Bréfritari: Soffía Daníelsdóttir
Viðtakandi: Jakobína Magnúsdóttir og Daníel Halldórsson
Dagsetning: A-1904-10-16
Skrifað á: Skeggjastöðum  N-Múl.
Soffía var dóttir Jakobínu og Daníels

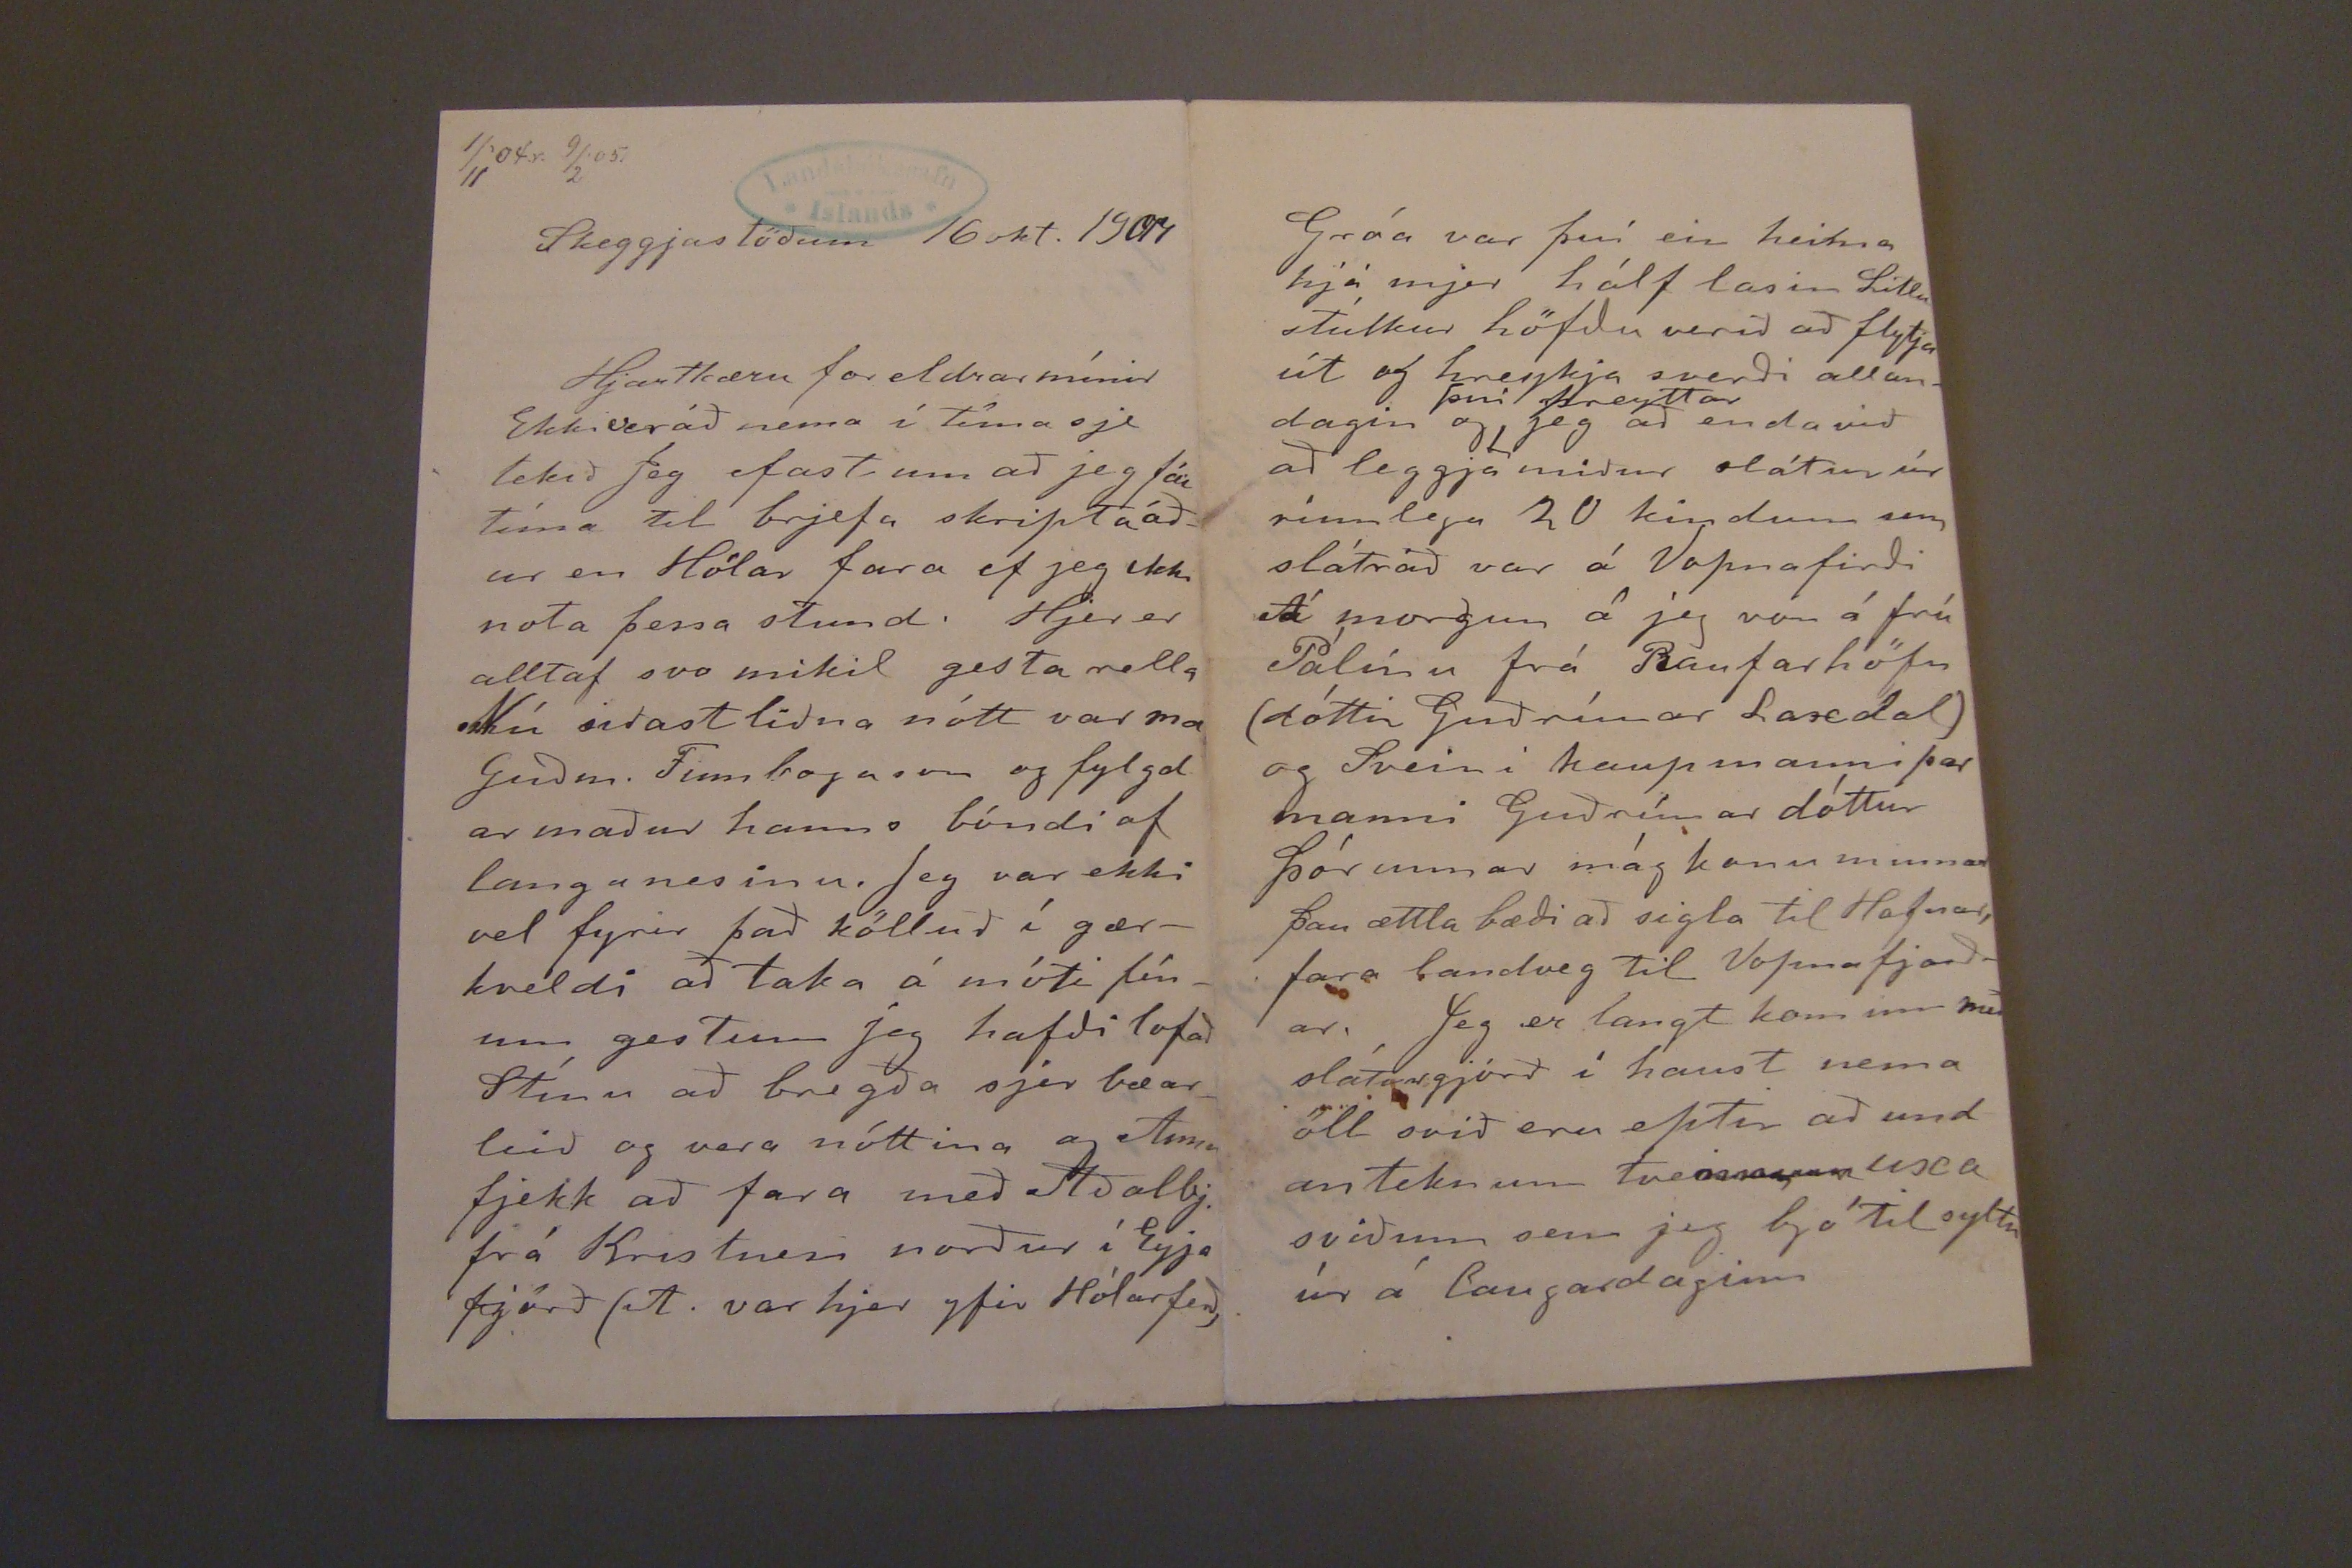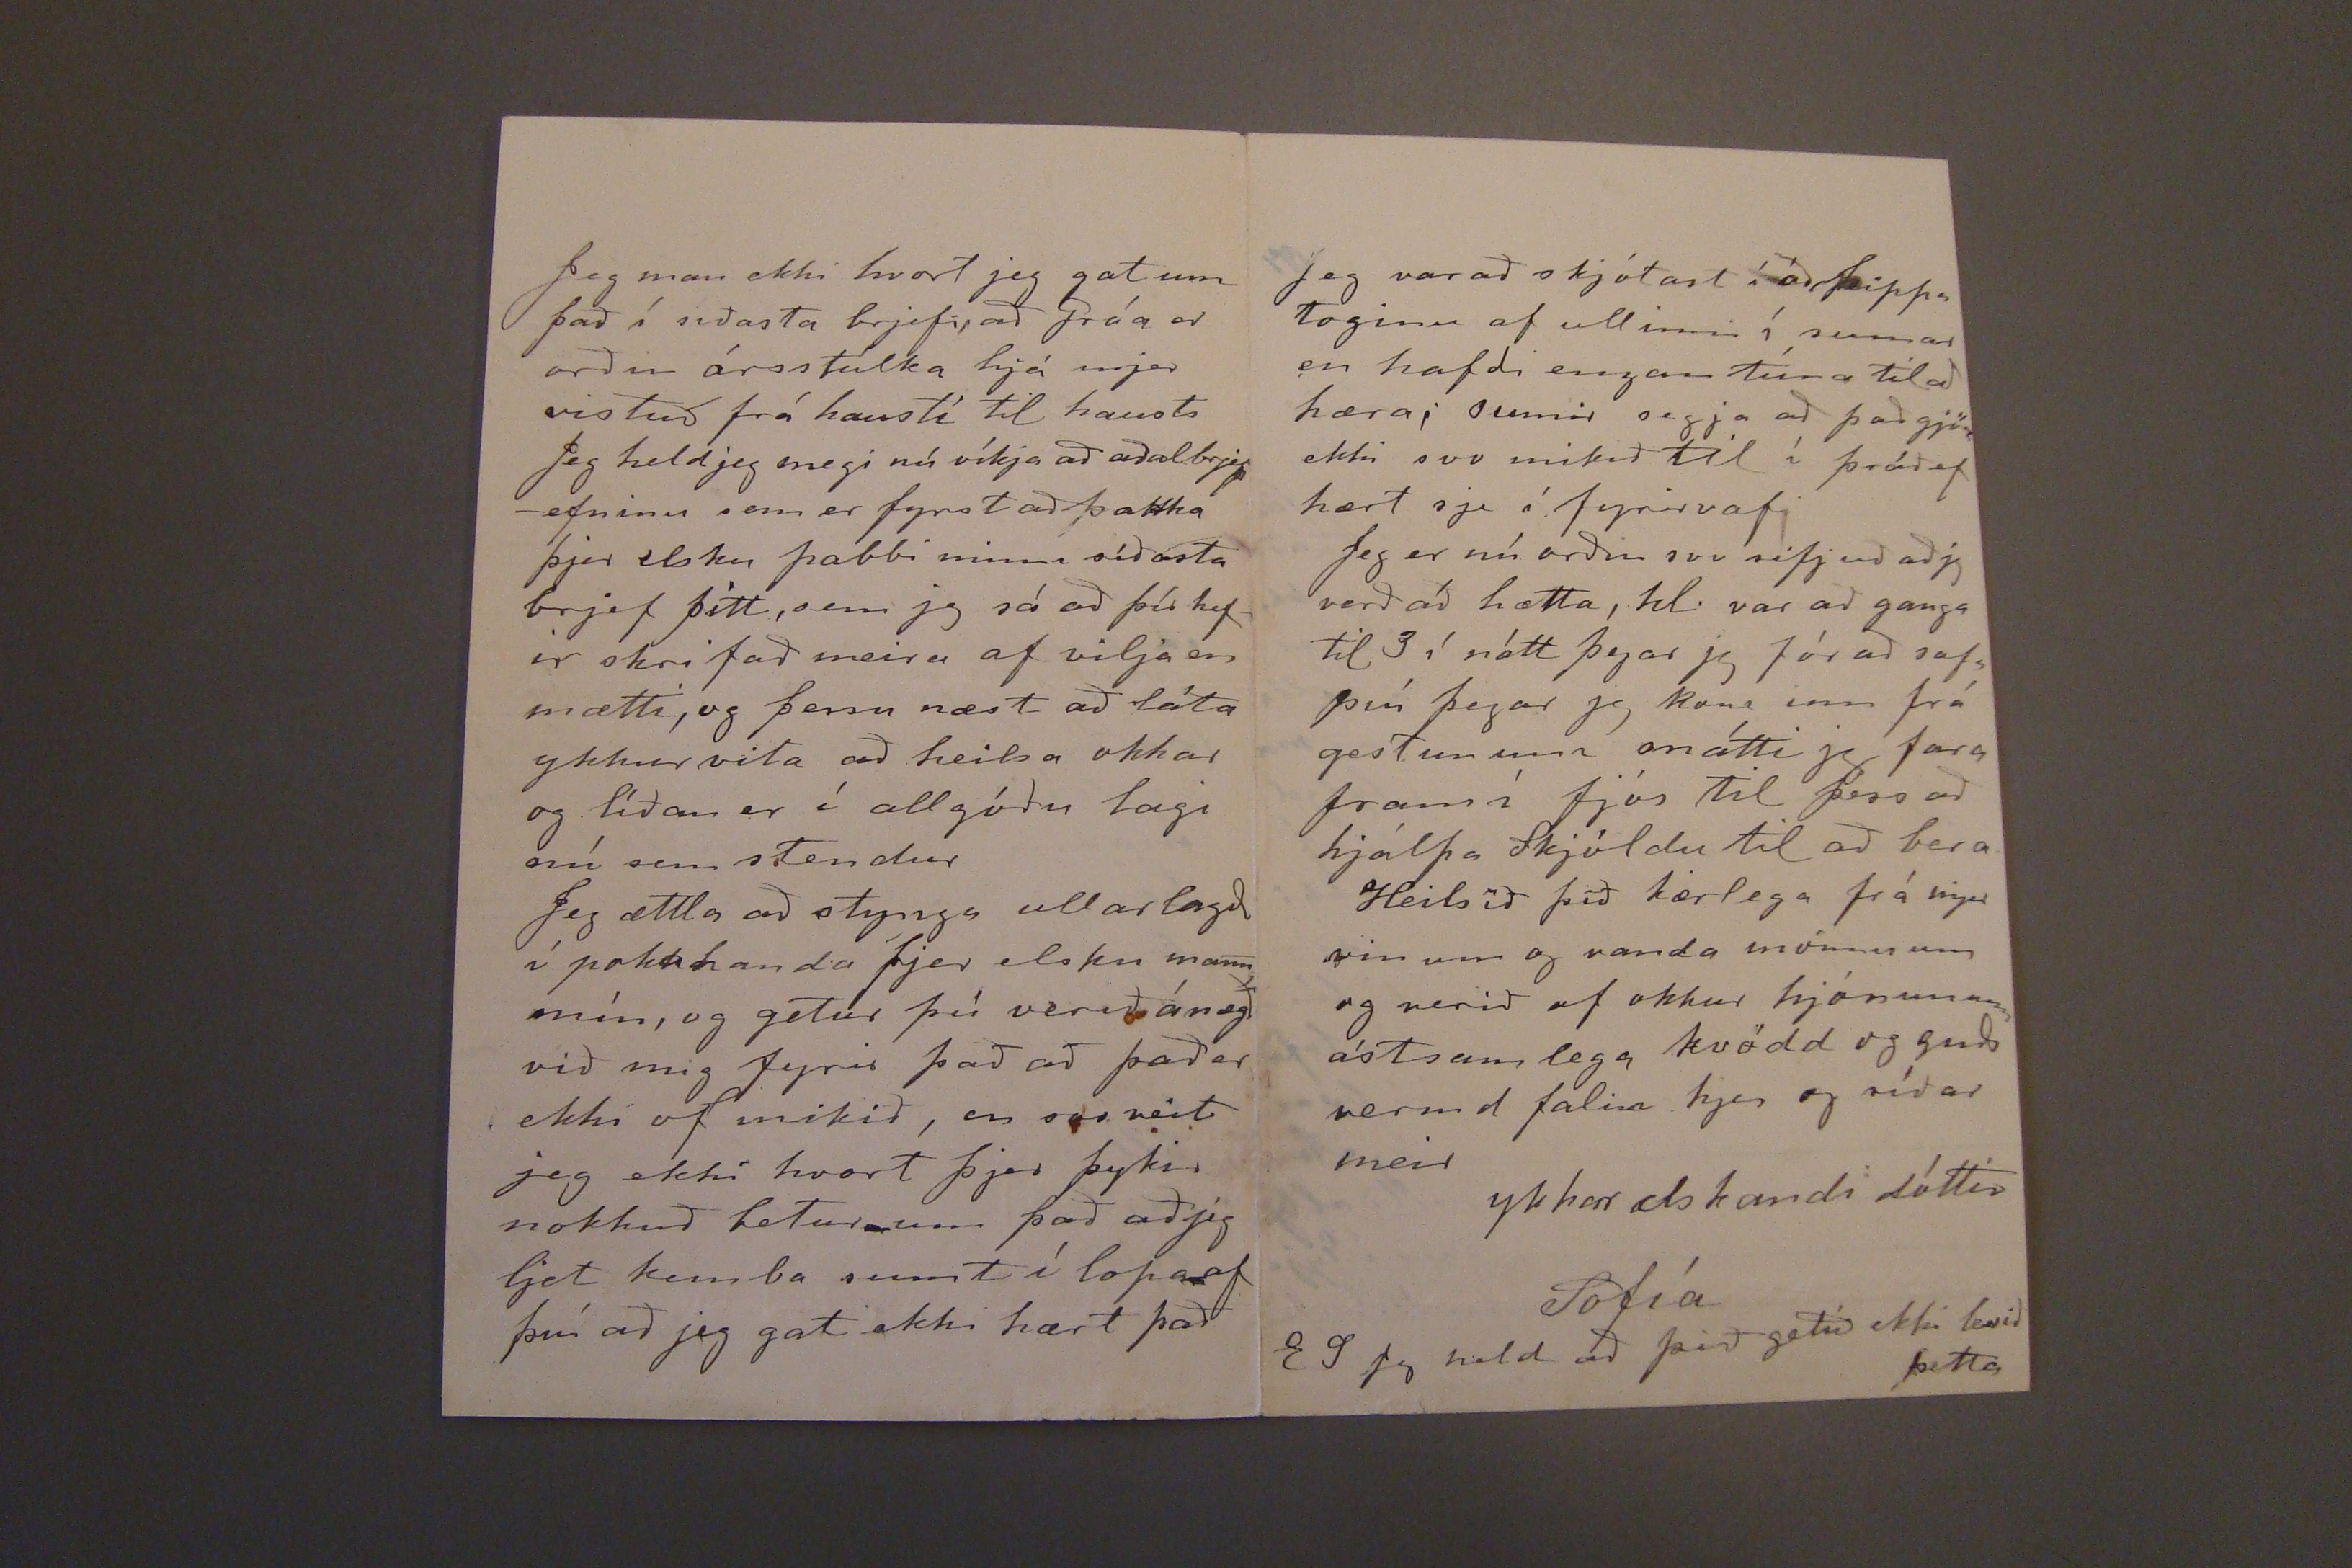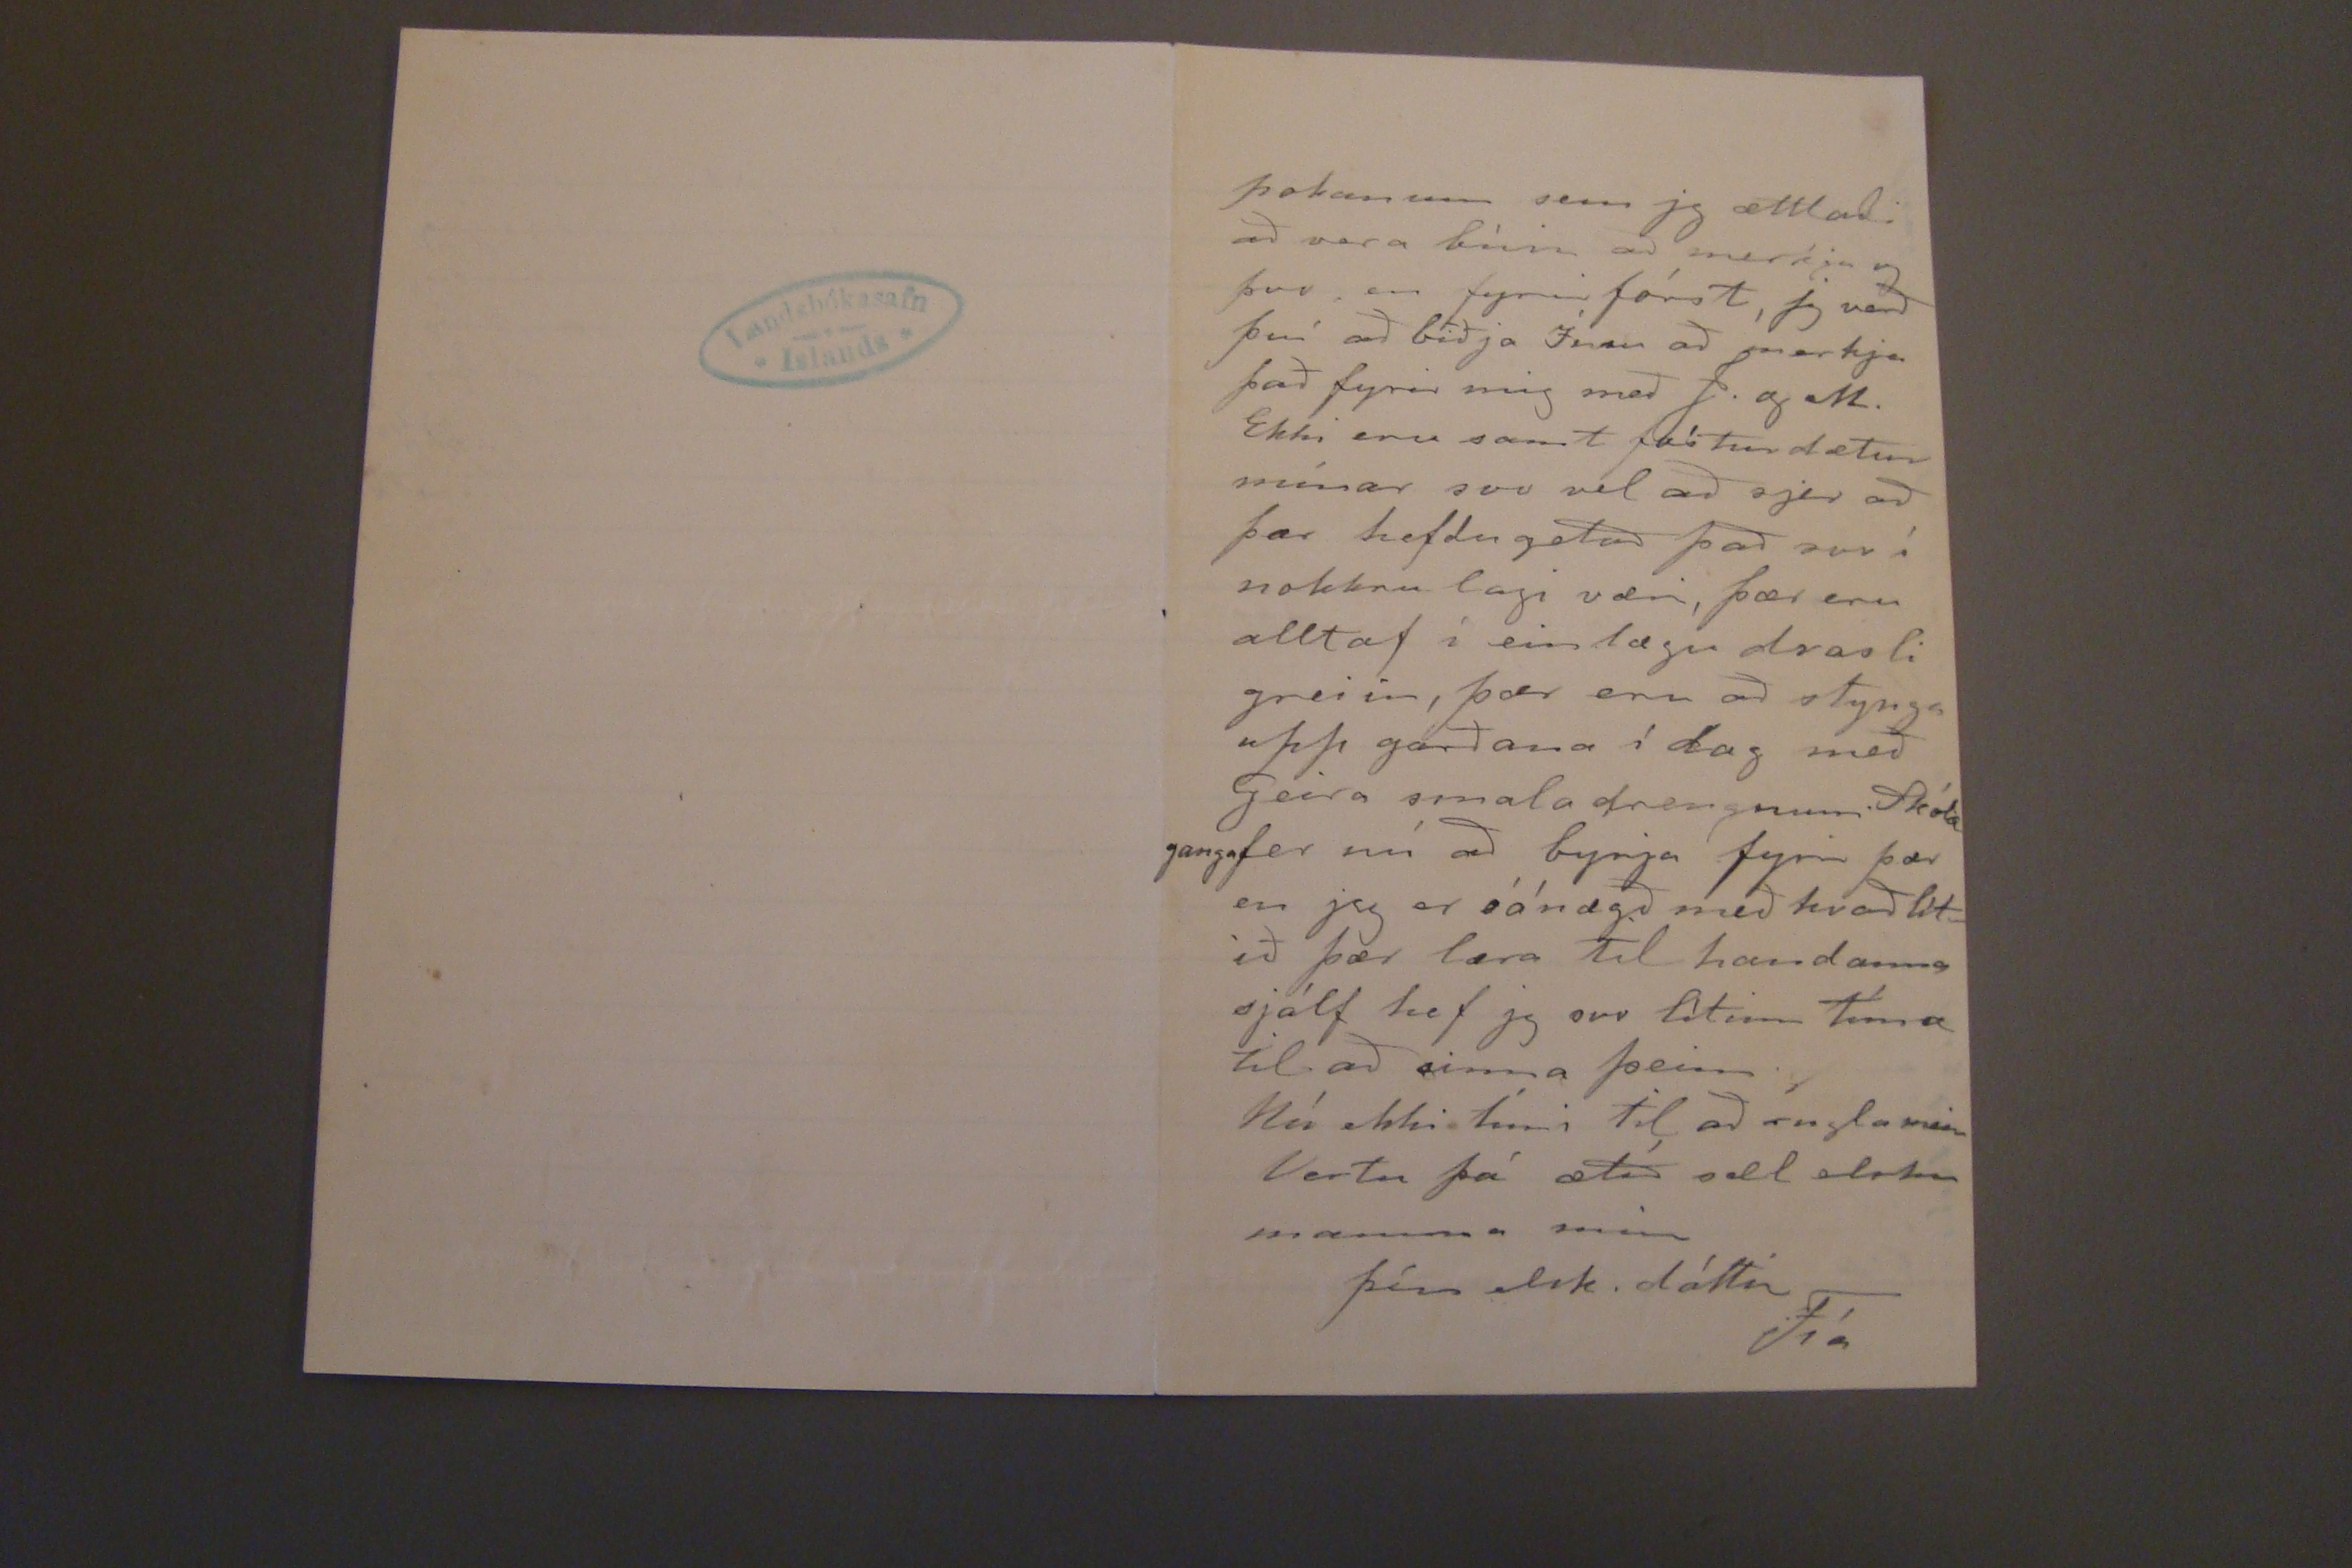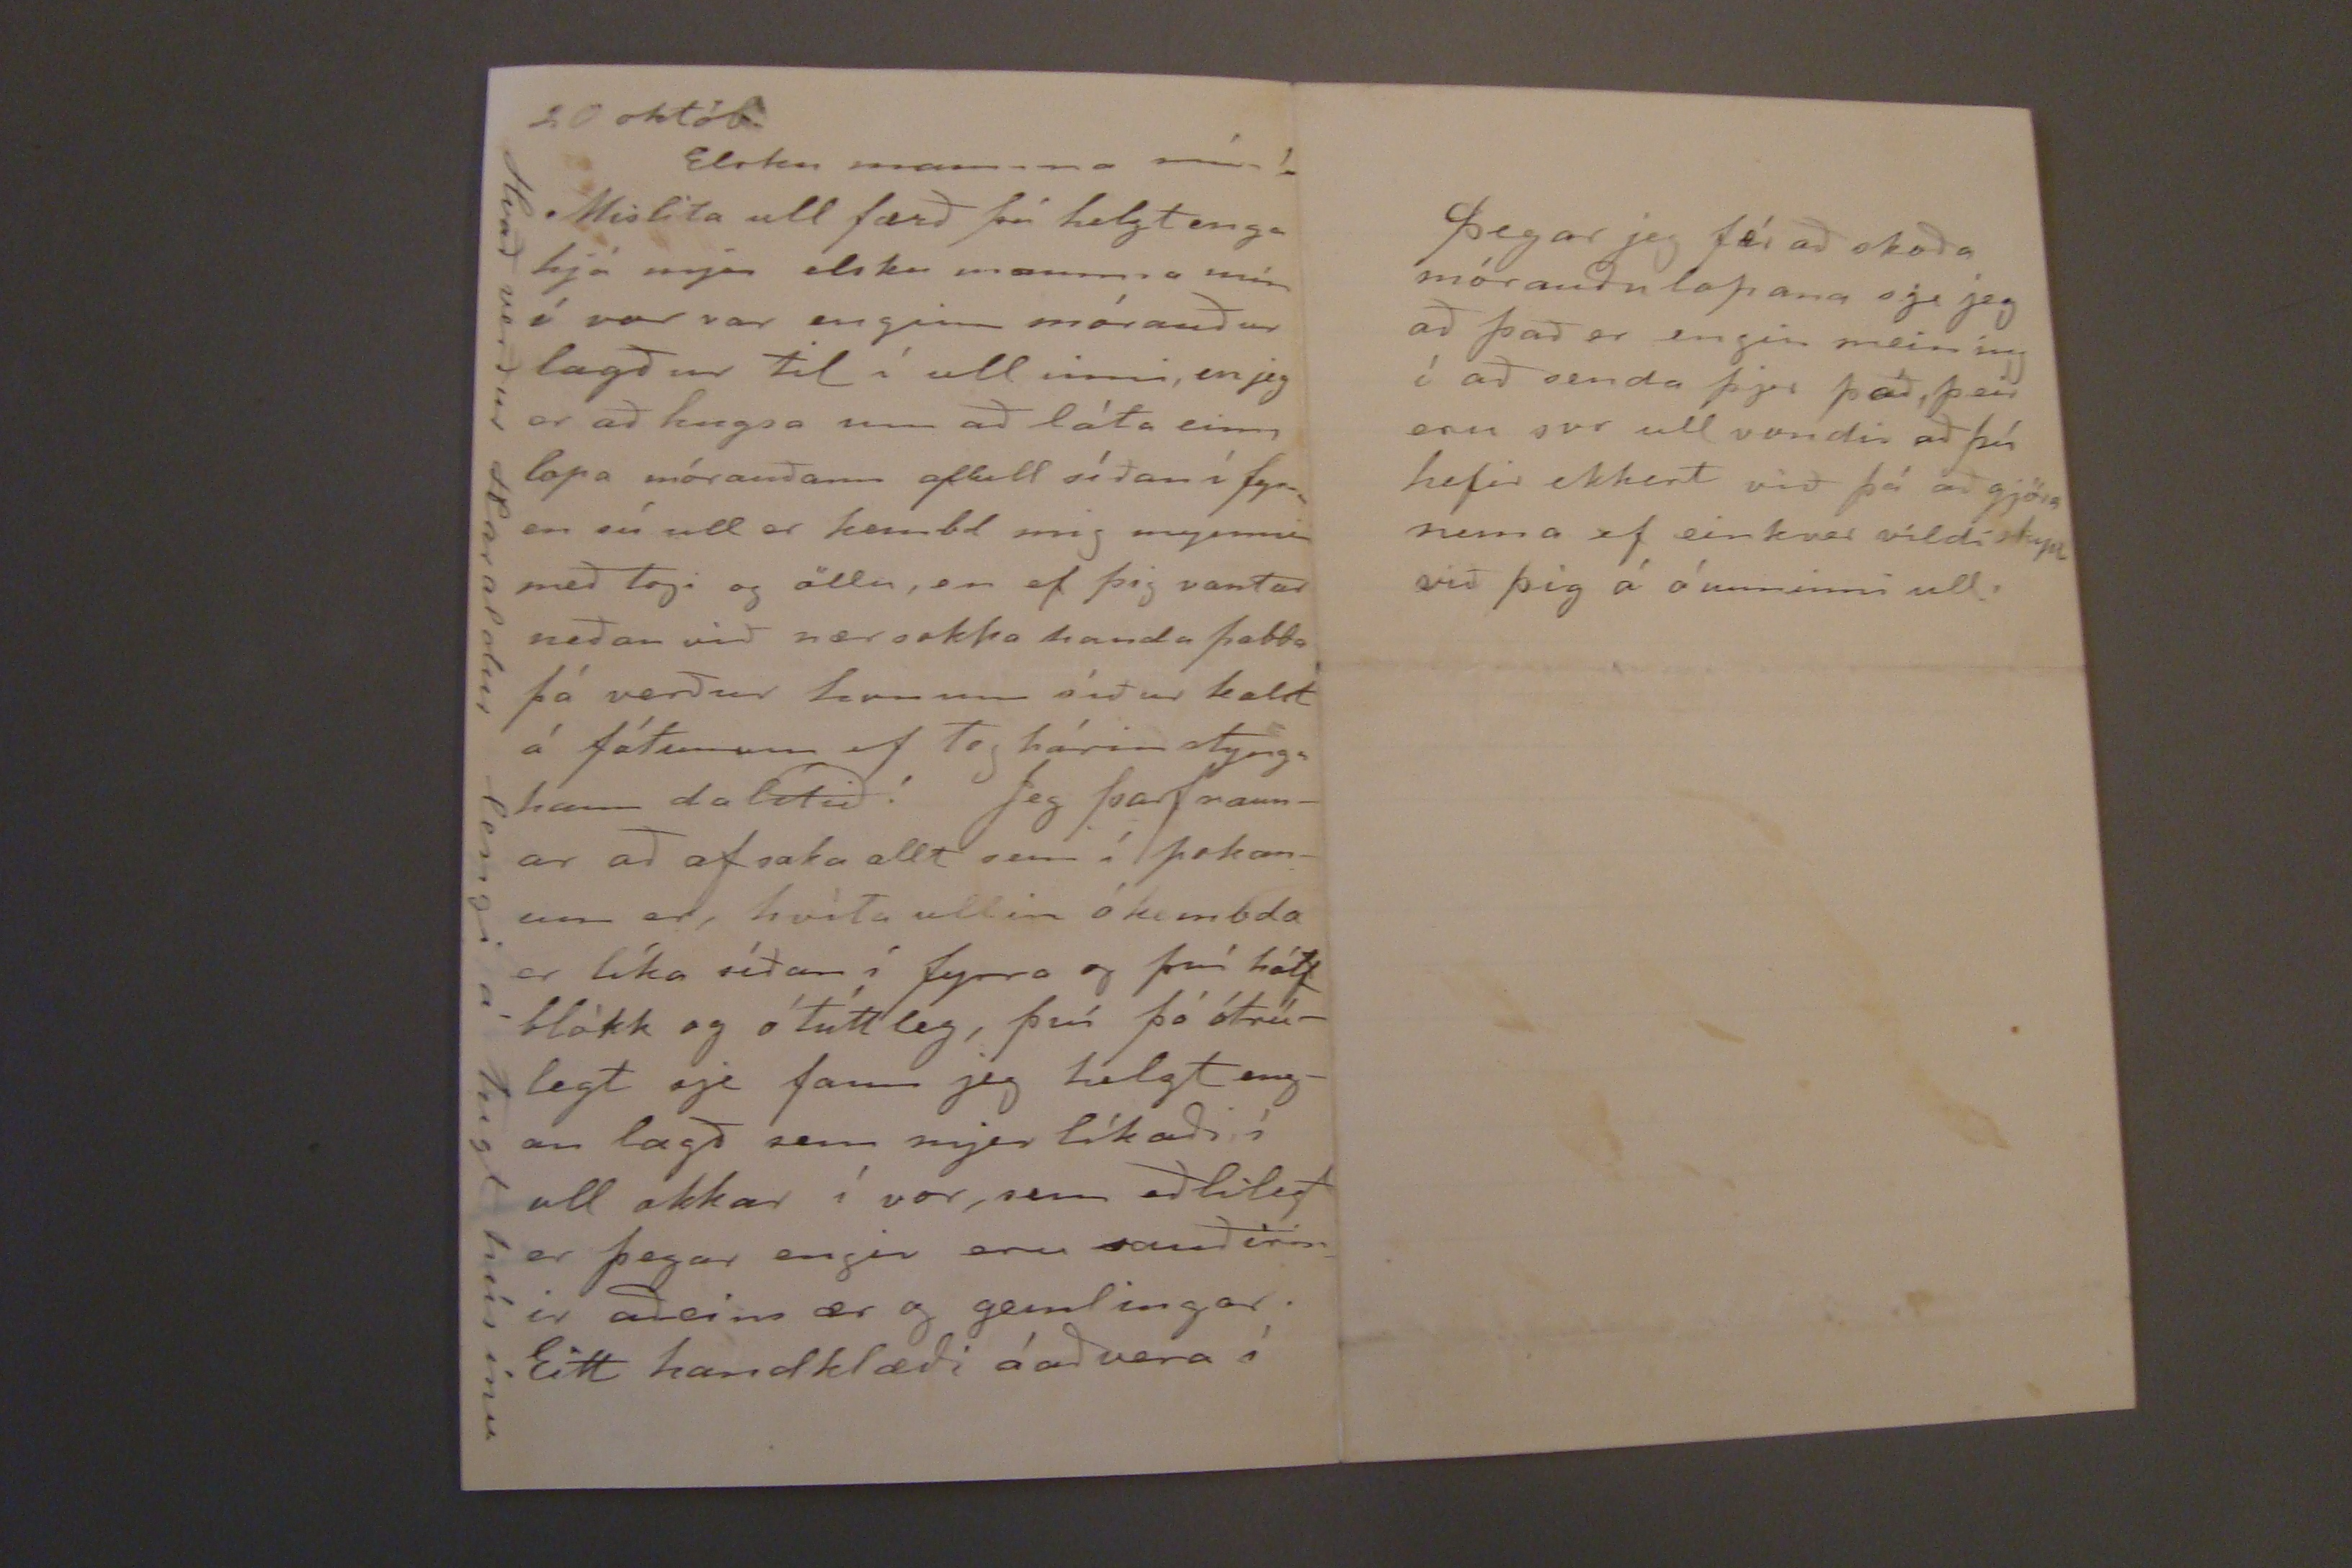

1/11'04.r. 9/2'05.
Skeggjastöðum 16. okt. 1904
Hjartkæru foreldrar mínir!
Ekki veráð nema í tíma sje tekið Jeg efast, um að jeg fái tíma til brjefa skripta áður en Hólar fara ef jeg ekki nota þessa stund. Hjer er alltaf svo mikill gesta rella Nú siðast liðna nótt varma Guðm. Finnbogason og fylgd ar maður hanns bóndi af langanesinu. Jeg var ekki vel fyrir það kölluð í gærkveldi að taka á móti fínum gestum jeg hafði lofað Stínu að bregða sjer bæarleið og vera nóttina og Anna fjekk að fara með Aðalbj. frá Kristnesi norður í Eyja fjörð (a. var hjer yfir Hólarferð)
Gróa var því ei heilna hjá mjer hálf lasin Litlu stúlkur höfðu verið að flytja út og hreykja sverði allandagin og
því þreyttar
jeg að enda við að leggja miður slátur úr rímlega 20 kindum sem slátrað var á Vopnafirði Á morgun á jeg von á frú Pálínu frá Raufarhöfn (dóttir Guðrúnar Laxdal) og Sveini kaupmanni þar manni Guðrúnar dóttur þórunnar mág konu minnar þau ættla bæði að sigla til Hafnar, fara landveg Til Vopnafjarðar, Jeg er langt kominn með slátargjörð í haust nema öll svið eru eptir að undanteknum tveimum uxa sviðum sem jeg bjó til sultu úr á laugardaginn
Jeg varað skjótast í að kippa toginu af ullinni í sumar en hafði engan tíma til að hæra; sumir segja að það gjör ekki svo mikið til í þráð ef hært sje í fyrirvaf
Jeg er nú orðin svo sifjuð að jeg verð að hætta, nl. var að ganga til 3 í nótt þegar jeg fór að sofa því þegar jeg kom inn frá gestunum mátti jeg fara framí fjós til þess að hjálpa Skjóldu til að bera
Heilsið þið kærlega frá mjer vinum og vanda mönnum og verið af okkur hjónunum ástsamlega kvödd og guðs vermd falin hjer og síðar meir
ykkar elskandi dóttir
Sofía
E S Jeg held að þið getið ekki lesið þetta
Jeg man ekki hvort jeg gat um það í síðasta brjefi, að Gróa er orðin ársstúlka hjá mjer vistuð frá haustí til hausts Jeg held jeg megi nú víkja að aðalbrjefefninu sem er fyrst að þakka þjer elsku pabbi minn síðasta brjef þitt, sem jeg sá að þú hefir skrifað meira af vilja en mætti, og þessu næst að láta ykkur vita að heilsa okkar líðan er í allgóðu lagi nú sem stendur
Jeg ættla að stynga ullarlagð í poka handa þjer elsku mam mín, og getur þú verið ánægð við mig fyrir það að það er ekki of mikið, en svo veit jeg ekki hvort þjer þykir nokkuð betur um það að jeg ljet kemba sumt í lopa af því að jeg gat ekki hært það
pokanum sem jeg ættlaði að vera búin að merkja og þvo, en fyrir fórst, jeg verð því að biðja Ínu að merkja það fyrir mig með J. og M. Ekki eru samt fósturdætur mínar svo vel að sjer að þær hefdu getað það svo í nokkru lagi væri, þær eru alltaf í ein lægu drasli greiin, þær eru að stynga upp garðana í dag með Geira smaladrengnum Skóla ganga fer nú að byrja fyrir þær en jeg er óánægð með kvað lítið þær læra til handanna sjálf hef jeg svo lítinn tíma til að sinna þeim
Nú ekki tími til að rugla meir Vertu þá ætíð sæl elsku mamma mín
þín elsk. dóttir
Fía
20 októb.
Elsku mamma mín!
Mislita ull færð þú helzt enga hjá mjer elsku mamma mín í vor var enginn mórauður lagður til í ullinni, en jeg er að hugsa um að láta einn lopa mórauðann aflull síðan í fyrra en sú ull er kembd mig mynnir með togi og öllu, en ef þig vantar neðan við nærsokka handa pabba þá verður honum síður kalt á fótunum ef tog hárin stynga hann dálítið! Jeg þarf raunar að afsaka allt sem í pokanum er, hvíta ullin ókembda er líka síðan í fyrra og því hálf blökk og ótúttleg, því þó ótrúlegt sje fann jeg helzt engan lægð sem mjer líkaði í ull okkar í vor, sem eðlilegt er þegar engir eru rauðirnir aðeins ær og gemlingar. Eitt handkæði á að vera í
Hvað verður Haraldur lengi á Tugt húsinu
þegar eg fæ að skoða mórauðu lopana sje jeg að það er engin meining í að senda þjer það, þeir eru svo ull vondir að þú hefir ekkert við þá að gjöra nema ef einkver vildi skipta við þig á óunninni ull.